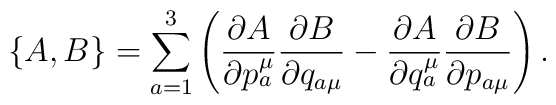
\{A,B\}=\sum_{a=1}^3\left(\frac{\partial A}{\partial {p_a^\mu}}\frac{\partial B}{\partial {q_{a\mu}}}-\frac{\partial A}{\partial {q_a^\mu}}\frac{\partial B}{\partial {p_{a\mu}}}\right).